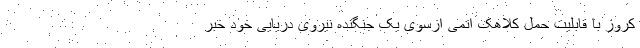
کروز با قابلیت حمل کلاهک اتمی ازسوی یک جنگنده نیروی دریایی خود خبر